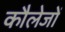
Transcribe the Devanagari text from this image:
कौलेजों